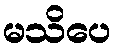
မသိပေ